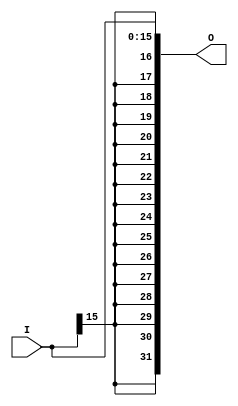
module sign_extend(I,O);
input [15:0] I;
output reg [31:0] O;

always @(*)
begin
	O[15:0] = I[15:0];
	O[31:16] = {16{I[15]}};
end
endmodule